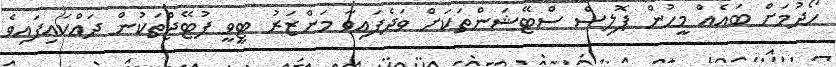
ހޯދުމަށް ބައެއް މީހުން ޕޮލިސް ސްޓޭޝަންތަކަށް ވަދެފައިވާ މަންޒަރު ޓީވީ ފުޓޭޖްތަކުން ދައްކައިފައިވެ